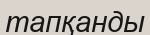
тапқанды